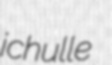
ichulle